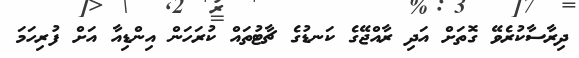
ދިރާސާކުރެވޭ ގޮތަށް އަދި ރާއްޖޭގެ ކަނޑުގެ ޗާޓުތައް ކުރަހަން އިންޑިއާ އަށް ފުރިހަމަ